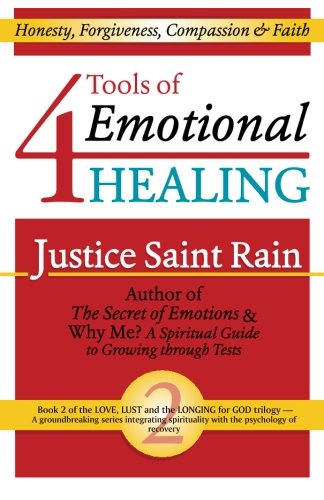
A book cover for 4 Tools of Emotional Healing: Honesty, Forgiveness, Compassion & Faith (Love, Lust and the Longing for God) (Volume 2); Justice Saint Rain; Self-Help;